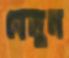
বেলুন